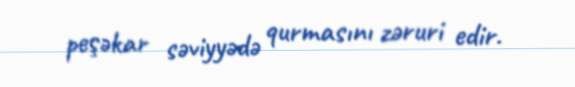
peşəkar səviyyədə qurmasını zəruri edir.